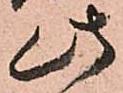
此